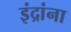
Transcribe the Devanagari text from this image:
इंद्रांना